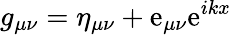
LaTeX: g_{\mu\nu}=\eta_{\mu\nu}+\mathrm{e}_{\mu\nu}\mathrm{e}^{ikx}